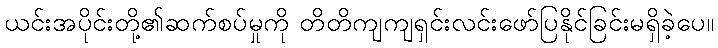
ယင်းအပိုင်းတို့၏ဆက်စပ်မှုကို တိတိကျကျရှင်းလင်းဖော်ပြနိုင်ခြင်းမရှိခဲ့ပေ။